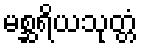
မစ္ဆရိယသုတ္တံ